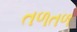
તળતળ